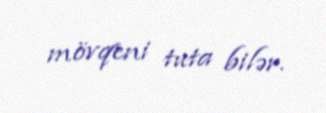
mövqeni tuta bilər.